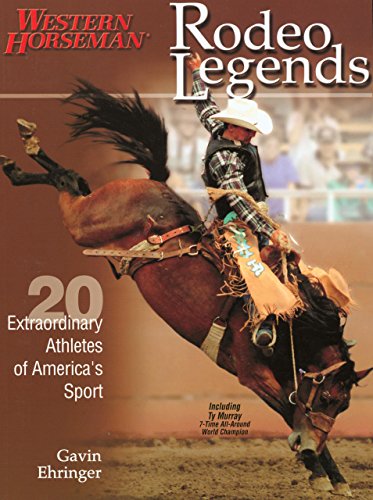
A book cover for Rodeo Legends: Twenty Extraordinary Athletes Of America's Sport (Western Horseman Books); Gavin Ehringer; Sports & Outdoors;